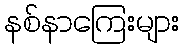
နစ်နာကြေးများ